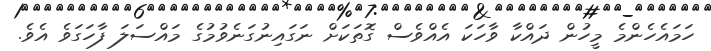
ހަމައެހެންމެ މީހުން ދައްކާ ވާހަކަ އެއްވެސް ގޮތަކަށް ނަގައިނުގަނެވުމުގެ މައްސަލަ ފާހަގަވެ އެވެ.